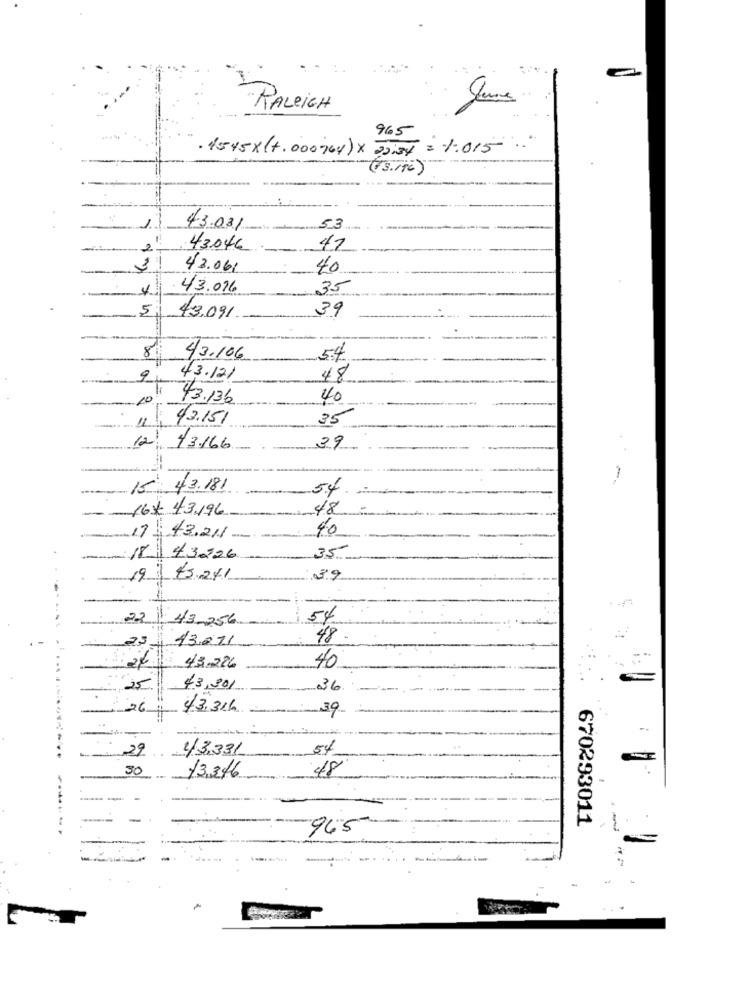
June
RALEIGH
965
. 4545x (+.000764) × 22:35 = 1.015 .. "
(13.116)
43.03/
53.
2
43046
41
42.061
40
43.096
35
5
39
43.091
8
43.106
54
9
43.121
48
10
43.136
40
43.151
35
11
12 13166
39
15 43.181
54.
16× 43.196
48
40
17: 43.211-
35
: 18 43226
19 43241
39
: 22 43 256
54
23
13211
48
26 43.226
40
25
43,301
36
26;
4/3.31h
-39
29
43331
54
48
30
13.346
-
670293011
965
-